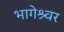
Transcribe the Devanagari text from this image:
भागेश्र्वर